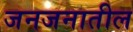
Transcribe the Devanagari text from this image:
जनजनातील